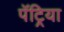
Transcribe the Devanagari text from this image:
पॅट्रिया